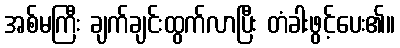
အစ်မကြီး ချက်ချင်းထွက်လာပြီး တံခါးဖွင့်ပေး၏။